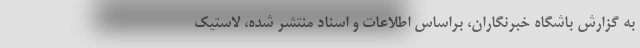
به گزارش باشگاه خبرنگاران، براساس اطلاعات و اسناد منتشر شده، لاستیک